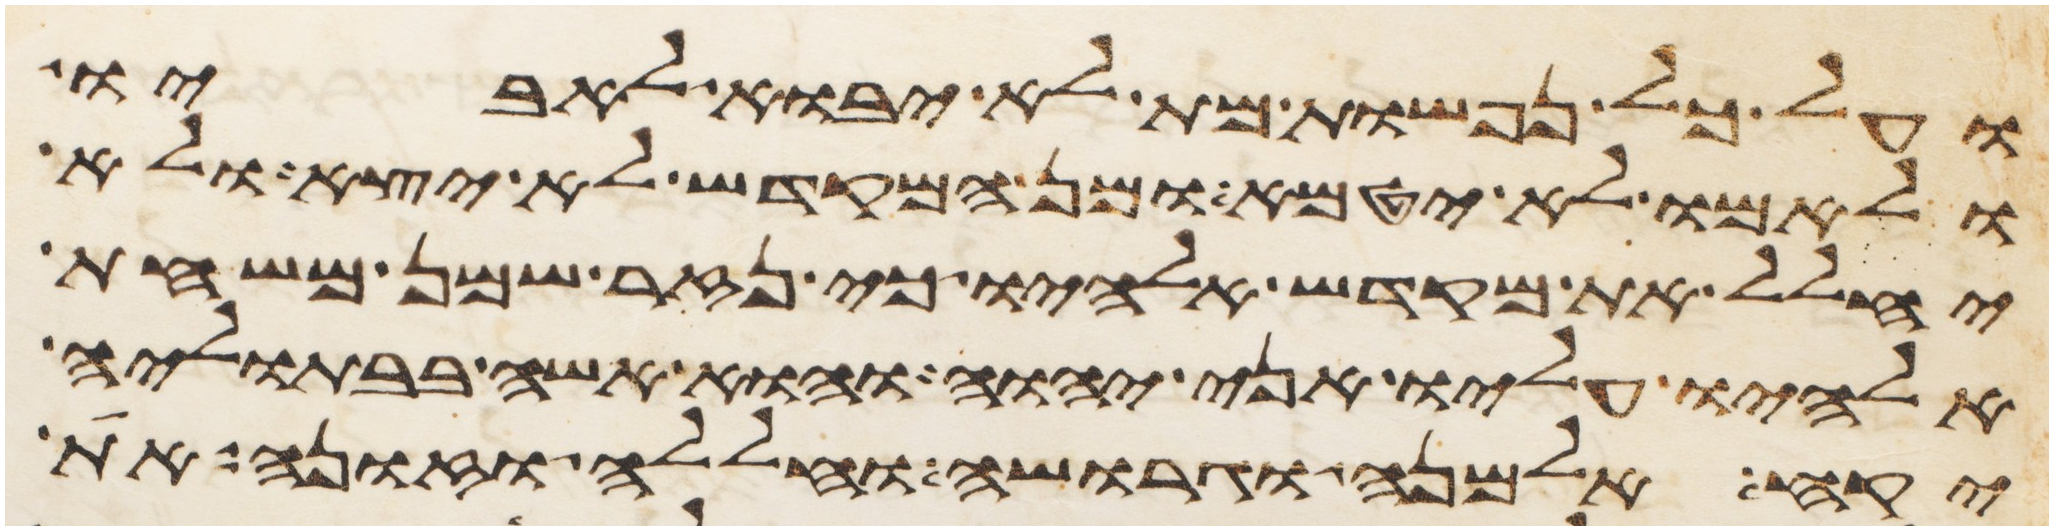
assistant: ועל כל נפשות מת לא יבוא לאביו
ולאמו לא יטמא ומן המקדש לא יצא ולא
יחלל את מקדש אלהיו כי נזר שמן משחת
אלהיו עליו אני יהוה והוא אשה בבתוליה
יקח אלמנה וגרושה וחללה וזונה את